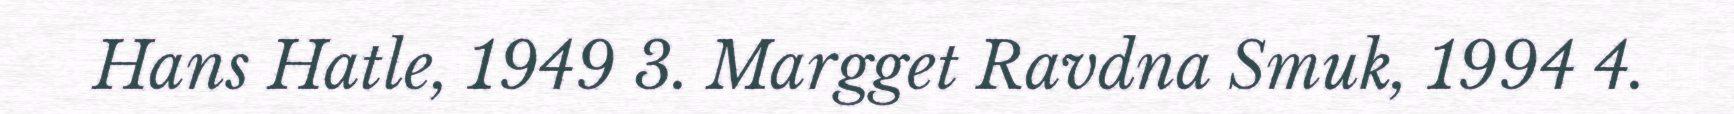
Hans Hatle, 1949 3. Margget Ravdna Smuk, 1994 4.